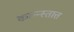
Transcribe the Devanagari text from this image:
कान्न्स्तात्त